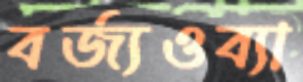
বর্জ্যওব্যা